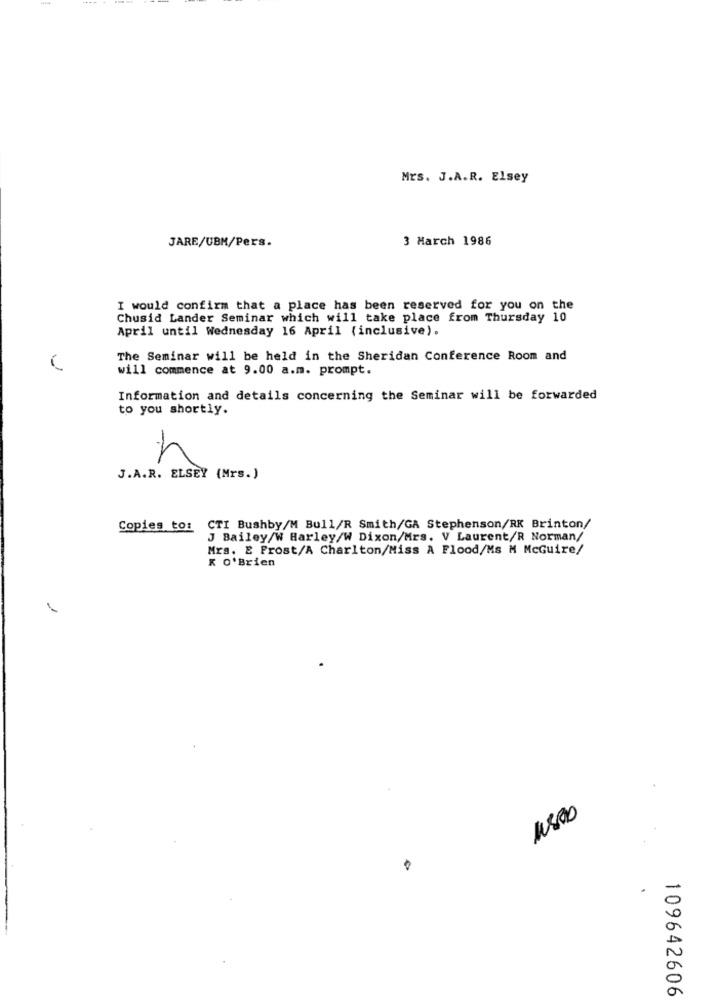
Mrs. J.A.R. Elsey
3 March 1986
JARE/UBM/Pers.
I would confirm that a place has been reserved for you on the
Chusid Lander Seminar which will take place from Thursday 10
April until Wednesday 16 April (inclusive).
The Seminar will be held in the Sheridan Conference Room and
will commence at 9.00 a.m. prompt.
Information and details concerning the Seminar will be forwarded
to you shortly.
h
J.A.R. ELSEY (Mrs.)
Copies to: CTI Bushby/M Bull/R Smith/GA Stephenson/RK Brinton/
J Bailey/W Barley/W Dixon/Mrs. V Laurent/R Norman/
Mrs. E Frost/A Charlton/Miss A Flood/Ms M McGuire/
K O'Brien
109642606